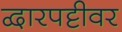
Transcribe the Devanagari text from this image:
द्वारपट्टीवर